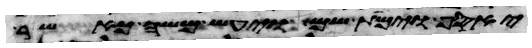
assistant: יאסף וימת שם ויעש משה כאשר